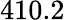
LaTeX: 410.2